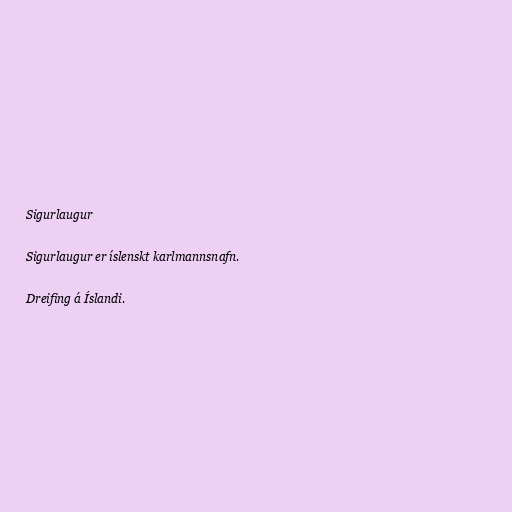
Sigurlaugur

Sigurlaugur er íslenskt karlmannsnafn.

Dreifing á Íslandi.